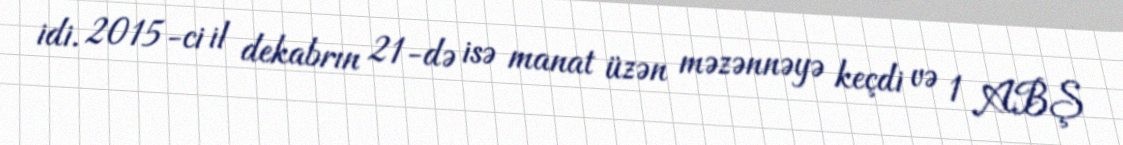
idi. 2015-ci il dekabrın 21-də isə manat üzən məzənnəyə keçdi və 1 ABŞ